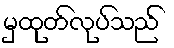
မှထုတ်လုပ်သည်